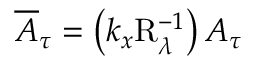
\overline { { A } } _ { \tau } = \left( k _ { x } \mathrm { R } _ { \lambda } ^ { - 1 } \right) A _ { \tau }